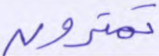
تمترون